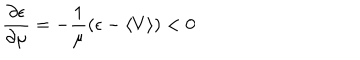
LaTeX: \frac { \partial \epsilon } { \partial \mu } = - \frac { 1 } { \mu } ( \epsilon - \langle V \rangle ) < 0